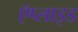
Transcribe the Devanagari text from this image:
ऍप्लाइड